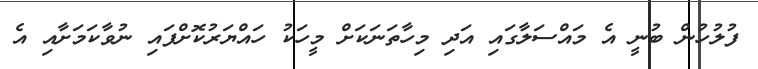
ފުލުހުން ބުނީ އެ މައްސަލާގައި އަދި މިހާތަނަކަށް މީހަކު ހައްޔަރުކޮށްފައި ނުވާކަމަށާއި އެ